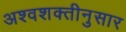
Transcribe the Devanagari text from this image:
अश्वशक्तीनुसार